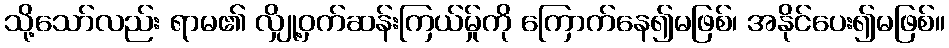
သို့သော်လည်း ရာမ၏ လျှို့ဝှက်ဆန်းကြယ်မ်ှုကို ကြောက်နေ၍မဖြစ်၊ အနိုင်ပေး၍မဖြစ်။